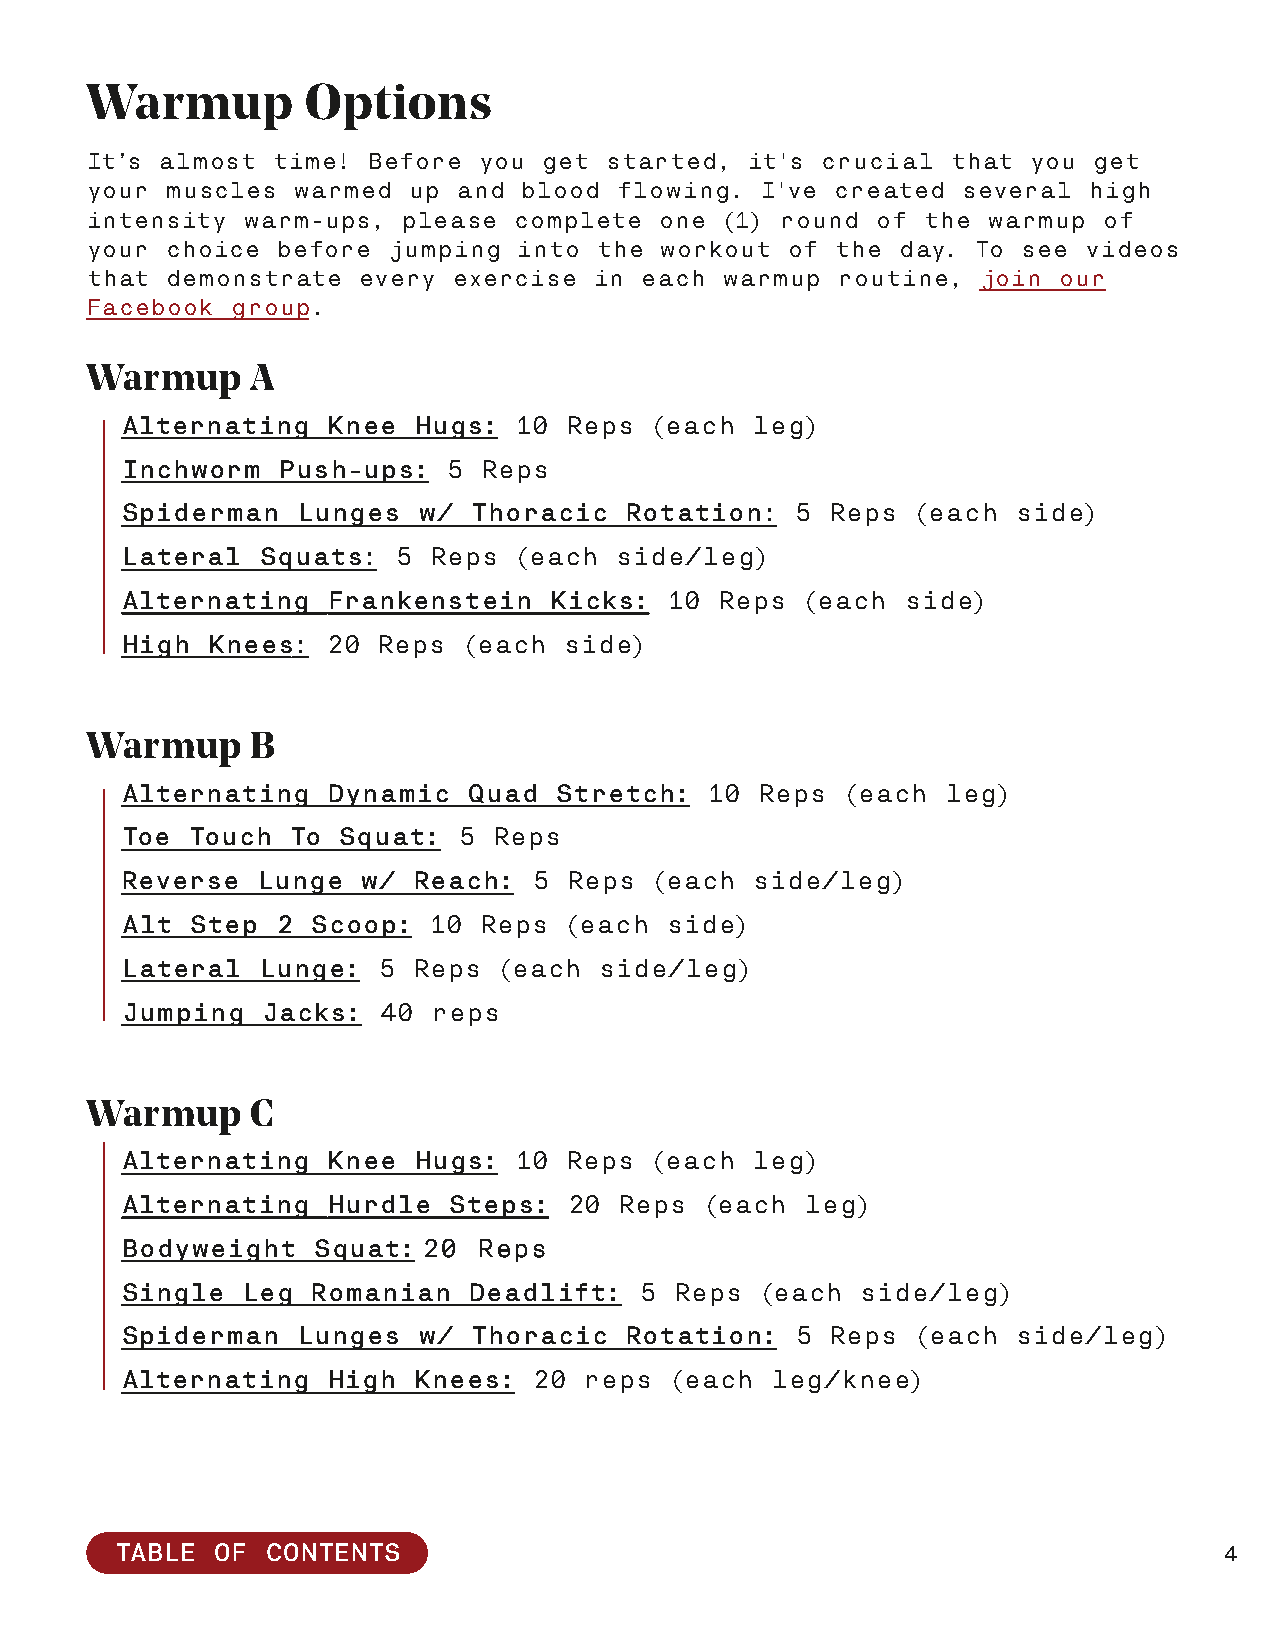
Warmup        Options
 It’s almost time! Before  you get started,  it's crucial that you get
 your muscles warmed  up and  blood flowing. I've created  several high
 intensity warm-ups,  please complete  one (1) round of the warmup  of
 your choice before  jumping into the  workout of the  day. To see videos
 that demonstrate  every exercise in each  warmup routine,  join our
 Facebook group.
 Warmup     A
 Alternating   Knee Hugs:  10 Reps  (each  leg)
 Inchworm  Push-ups:   5 Reps
 Spiderman   Lunges  w/ Thoracic  Rotation:   5 Reps  (each side)
 Lateral  Squats:  5 Reps  (each  side/leg)
 Alternating   Frankenstein  Kicks:  10  Reps (each  side)
 High  Knees:  20 Reps  (each side)
 Warmup     B
 Alternating   Dynamic  Quad  Stretch:  10 Reps  (each  leg)
 Toe Touch  To Squat:  5  Reps
 Reverse  Lunge  w/ Reach:  5  Reps (each  side/leg)
 Alt  Step 2  Scoop:  10 Reps  (each side)
 Lateral  Lunge:  5 Reps  (each  side/leg)
 Jumping  Jacks:  40  reps
 Warmup     C
 Alternating   Knee Hugs:  10  Reps (each  leg)
 Alternating   Hurdle  Steps:  20 Reps  (each leg)
 Bodyweight   Squat:20   Reps
 Single  Leg  Romanian  Deadlift:  5  Reps (each  side/leg)
 Spiderman   Lunges  w/ Thoracic  Rotation:   5 Reps  (each side/leg)
 Alternating   High Knees:  20  reps  (each leg/knee)
 TABLE OF  CONTENTS                                                       4